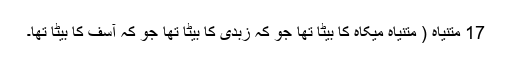
17 متنیاہ ( متنیاہ میکاہ کا بیٹا تھا جو کہ زبدی کا بیٹا تھا جو کہ آسف کا بیٹا تھا۔